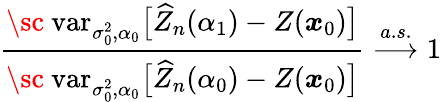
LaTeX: \frac{\mathrm{{\sc~var}}_{\sigma_{0}^{2},\alpha_{0}}\bigl[\widehat{Z}_{n}(\alpha_{1})-Z(\boldsymbol{x}_{0})\bigr]}{\mathrm{{\sc~var}}_{\sigma_{0}^{2},\alpha_{0}}\bigl[\widehat{Z}_{n}(\alpha_{0})-Z(\boldsymbol{x}_{0})\bigr]}\stackrel{a.s.}{\longrightarrow}1